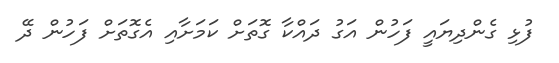
ފުޅި ގެންދިޔައީ ފަހުން އަގު ދައްކާ ގޮތަށް ކަމަށާއި އެގޮތަށް ފަހުން ދޭ